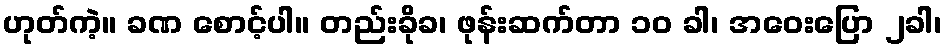
ဟုတ်ကဲ့။ ခဏ စောင့်ပါ။ တည်းခိုခ၊ ဖုန်းဆက်တာ ၁၀ ခါ၊ အဝေးပြော ၂ခါ၊